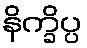
နိက္ခိပ္ပ